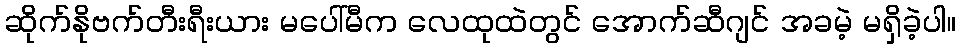
ဆိုက်နိုဗက်တီးရီးယား မပေါ်မီက လေထုထဲတွင် အောက်ဆီဂျင် အခမဲ့ မရှိခဲ့ပါ။